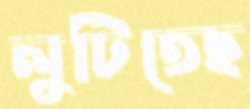
লুটিতেছ